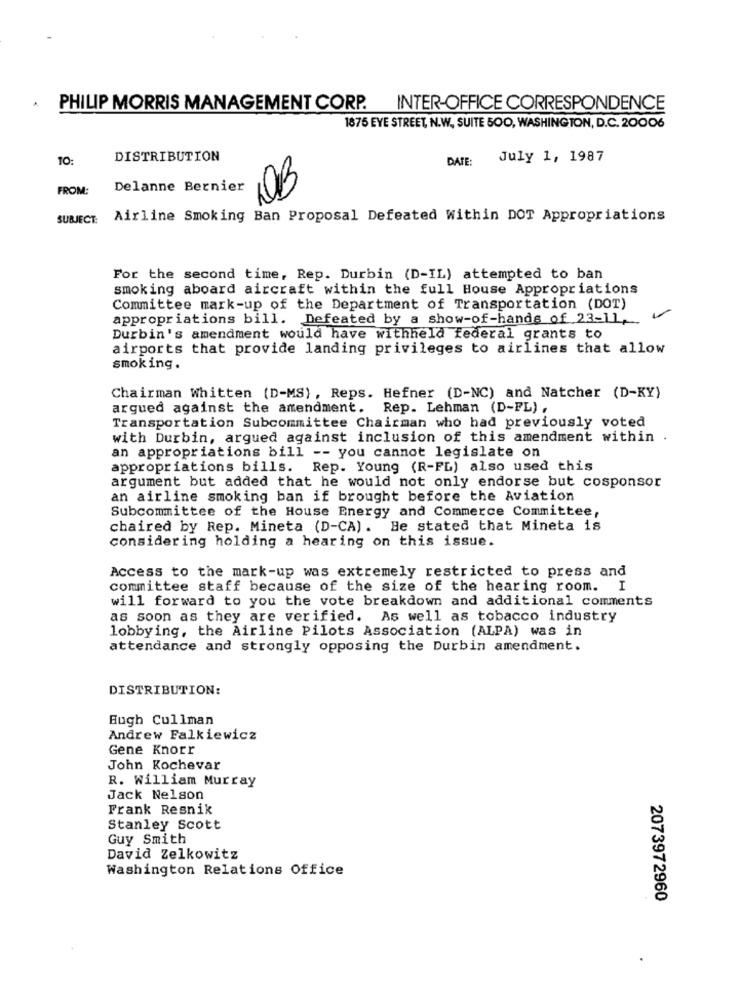
PHILIP MORRIS MANAGEMENT CORP. INTER-OFFICE CORRESPONDENCE
1875 EYE STREET, N.W. SUITE 50O, WASHINGTON, D.C. 20006
10:
DISTRIBUTION
DATE:
July 1, 1987
FROM:
Delanne Bernier
10€
SUBJECT: Airline Smoking Ban Proposal Defeated Within DOT Appropriations
For the second time, Rep. Durbin (D-IL) attempted to ban
smoking aboard aircraft within the full House Appropriations
Committee mark-up of the Department of Transportation (DOT)
appropriations bill. Defeated by a show-of-hands of 23-11,
Durbin's amendment would have withheld federal grants to
airports that provide landing privileges to airlines that allow
smoking.
Chairman Whitten (D-MS), Reps. Hefner (D-NC) and Natcher (D-KY)
argued against the amendment. Rep. Lehman (D-FL) ,
Transportation Subcommittee Chairman who had previously voted
with Durbin, argued against inclusion of this amendment within .
an appropriations bill -- you cannot legislate on
appropriations bills. Rep. Young (R-FL) also used this
argument but added that he would not only endorse but cosponsor
an airline smoking ban if brought before the Aviation
Subcommittee of the House Energy and Commerce Committee,
chaired by Rep. Mineta (D-CA). He stated that Mineta is
considering holding a hearing on this issue.
Access to the mark-up was extremely restricted to press and
committee staff because of the size of the hearing room. I
will forward to you the vote breakdown and additional comments
as soon as they are verified. As well as tobacco industry
lobbying, the Airline Pilots Association (ALPA) was in
attendance and strongly opposing the Durbin amendment.
DISTRIBUTION:
Eugh Cullman
Andrew Falkiewicz
Gene Knorr
John Kochevar
R. William Murray
Jack Nelson
Frank Resnik
Stanley Scott
Guy Smith
David Zelkowitz
Washington Relations Office
2073972960